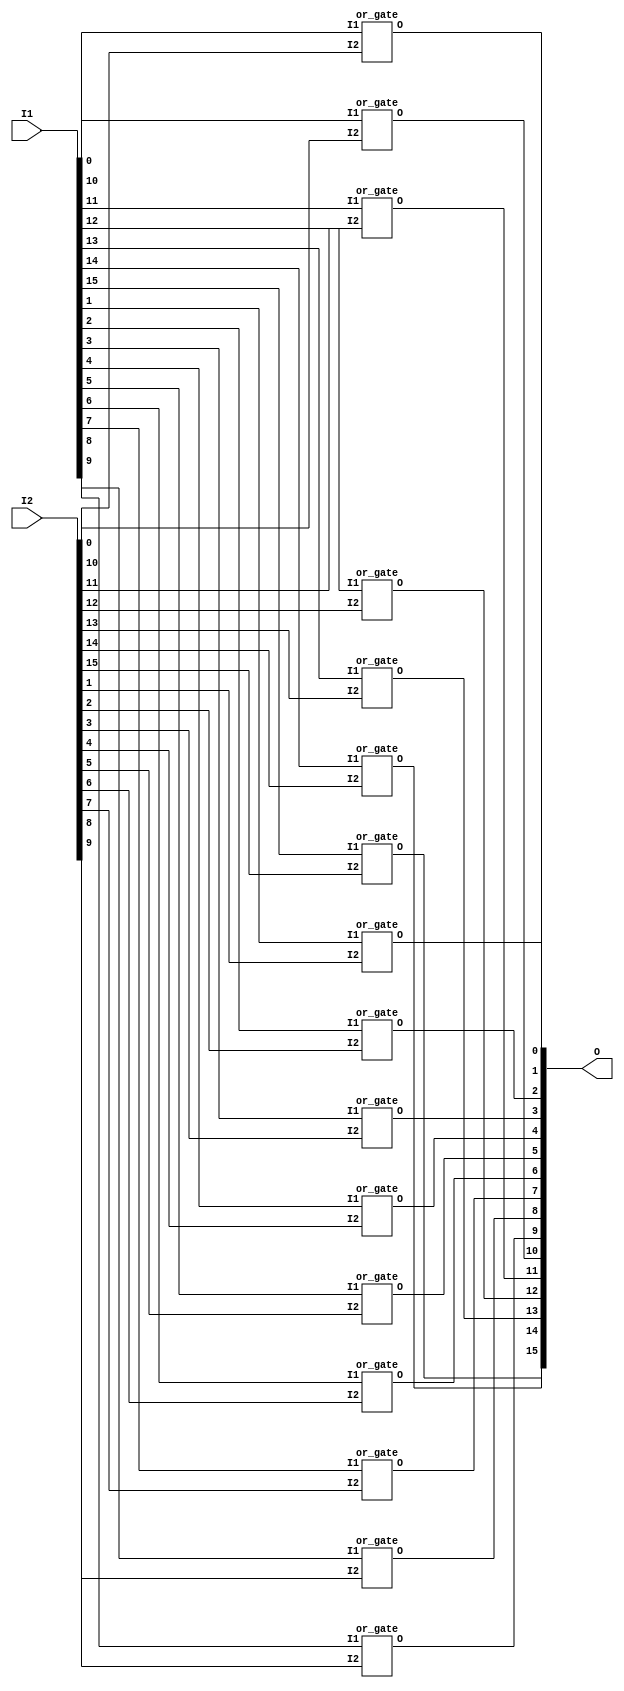

module or_16_gate(I1,I2,O);
	input [15:0]I1,I2;
	output [15:0]O;
	or_gate or1[15:0](
		.I1(I1),
		.I2(I2),
		.O(O)
		);
endmodule
module or_gate(I1,I2,O);
	input I1,I2;
	output O;
        wire W1,W2;
	nand(W1,I1,I1);
        nand(W2,I2,I2);
        nand(W2,I2,I2);
	nand(O,W1,W2);
endmodule